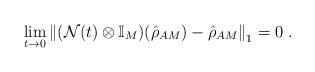
LaTeX: \begin{align*}\lim_{t\to0}\left\|(\mathcal{N}(t)\otimes\mathbb{I}_M)(\hat{\rho}_{AM}) - \hat{\rho}_{AM}\right\|_1 = 0\;.\end{align*}